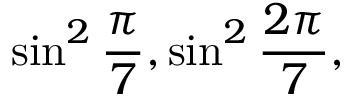
\sin ^ { 2 } { \frac { \pi } { 7 } } , \sin ^ { 2 } { \frac { 2 \pi } { 7 } } ,